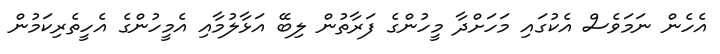
އެހެން ނަމަވެސް އެކުގައި މަހަށްދާ މީހުންގެ ފަރާތުން ލިބޭ އަޅާލުމާއި އެމީހުންގެ އެހީތެރިކަމުން